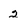
Character: 2